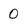
Character: 0